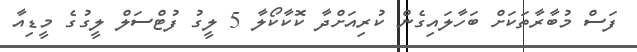
ފަސް މުބާރާތަކަށް ބަހާލައިގެން ކުރިއަށްދާ ކޮކާކޯލާ 5 ލީގު ފުޓްސަލް ލީގުގެ މީޑިއާ